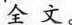
全文。